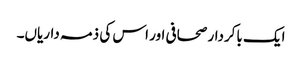
ایک باکردار صحافی اور اس کی ذمہ داریاں۔